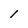
Character: l